Indian journal of veterinary science and animal husbandry - Volume 9,
Year: 1939
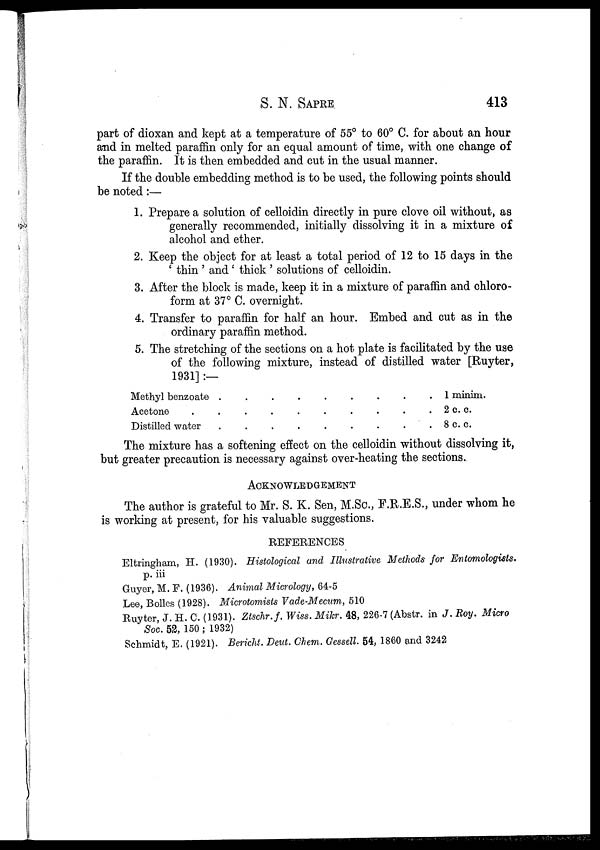
S. N.
SAPRE
413
part of dioxan and kept at a temperature of 55° to 60° C. for about an hour
and in melted paraffin only for an equal amount of time, with one change of
the paraffin. It is then embedded and cut in the usual manner.
If the double embedding method is to be used, the following points should
be noted:—
1. Prepare a solution of celloidin directly in pure clove oil without, as
generally recommended, initially dissolving it in a mixture of
alcohol and ether.
2. Keep the object for at least a total period of 12 to 15 days in the
' thin ' and' thick ' solutions of celloidin.
3. After the block is made, keep it in a mixture of paraffin and chloro-
form at 37° C. overnight.
4. Transfer to paraffin for half an hour. Embed and cut as in the
ordinary paraffin method.
5. The stretching of the sections on a hot plate is facilitated by the use
of the following mixture, instead of distilled water [Ruyter,
1931]:—
Methyl benzoate . . . . . . . . . .
Acetone . . . . . . . . . .
Distilled water . . . . . . . . . .
1 minim.
2 c. c.
8 c. c.
The mixture has a softening effect on the celloidin without dissolving it,
but greater precaution is necessary against over-heating the sections.
ACKNOWLEDGEMENT
The author is grateful to Mr. S. K. Sen, M.Sc., F.R.E.S., under whom he
is working at present, for his valuable suggestions.
REFERENCES
Eltringham, H. (1930). Histological and Illustrative Methods for Entomologists.
p. iii
Guyer, M. F. (1936). Animal Micrology, 64-5
Lee, Bolles (1928). Microtomists Vade-Mecum, 510
Ruyter, J. H. C. (1931). Ztschr.f. Wiss. Mikr. 48, 226-7 (Abstr. in J. Roy. Micro
Soc. 52, 150 ; 1932)
Schmidt, E. (1921). Bericht. Deut. Chem. Gessell. 54, 1860 and 3242